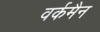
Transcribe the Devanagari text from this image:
वर्कमैन